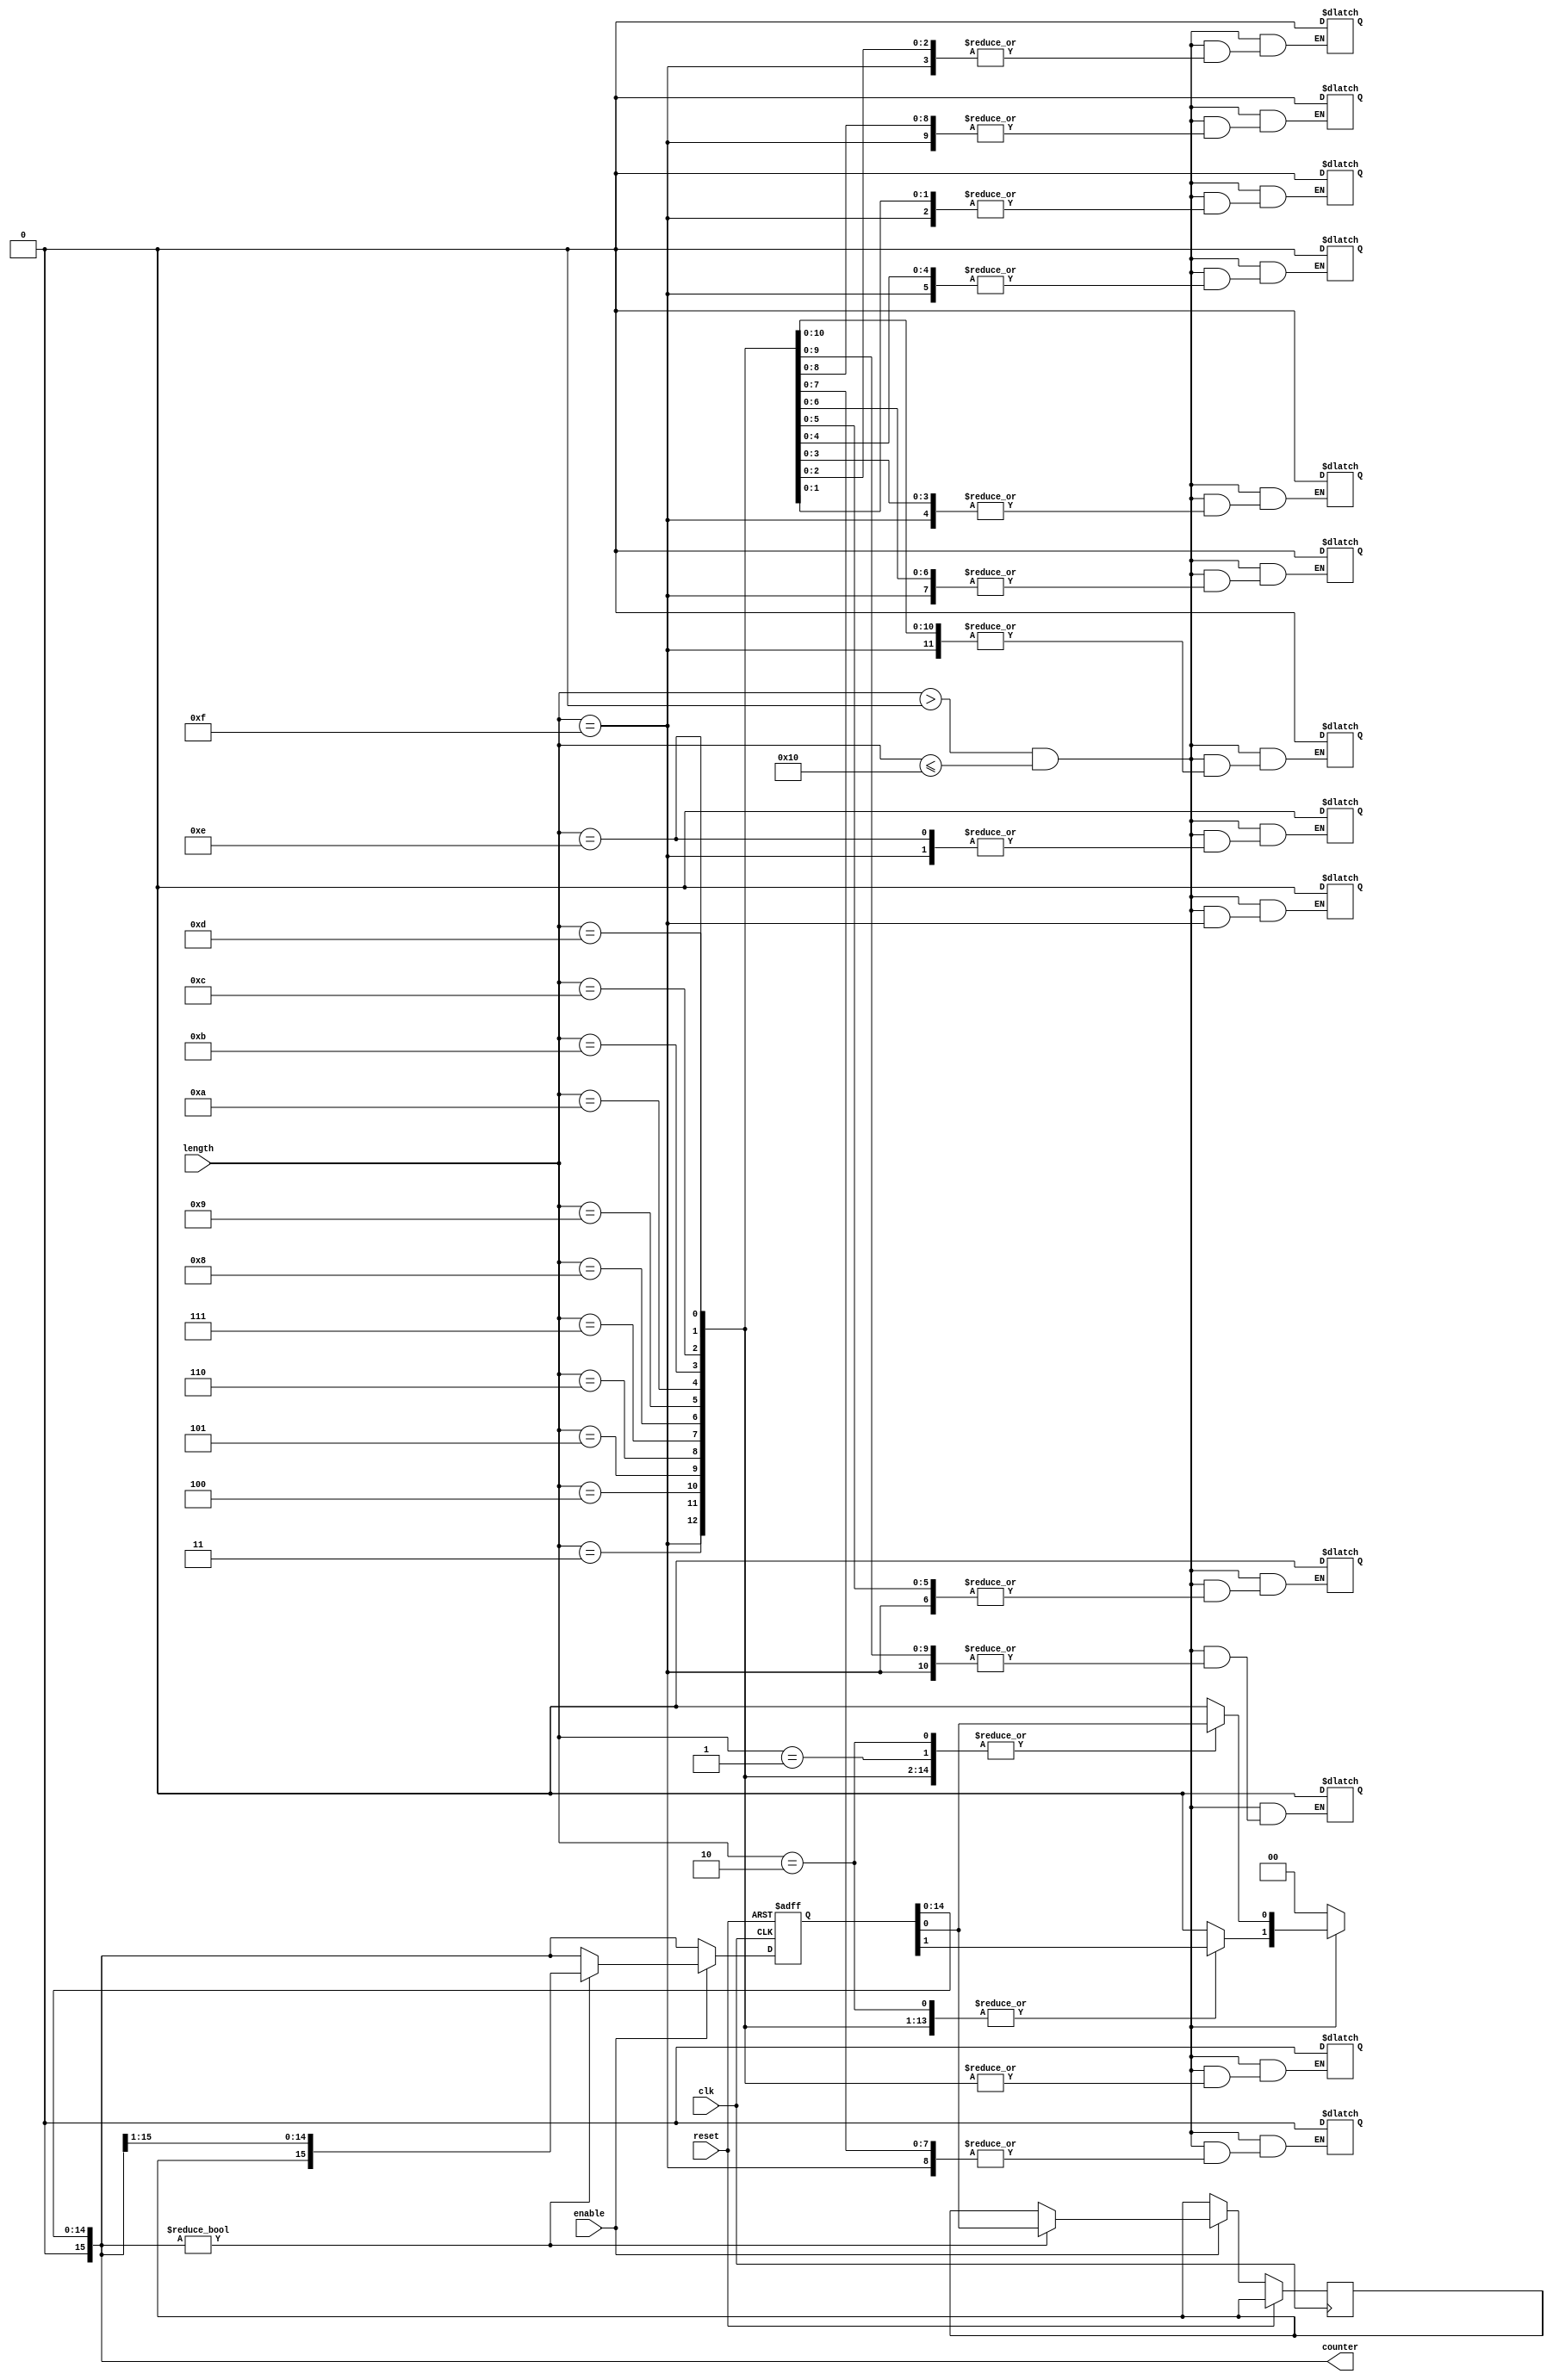
module variable_length_ring_counter (
    input wire clk,                    // Clock input
    input wire reset,                  // Asynchronous reset
    input wire enable,                 // Enable control
    input wire [3:0] length,           // Length control (up to 15)
    output reg [15:0] counter          // Output states of the ring counter
);

    // Internal signal for the feedback
    wire feedback;

    // Always block for the counter functionality
    always @(posedge clk or posedge reset) begin
        if (reset) begin
            // On reset, initialize the counter
            counter <= 16'b0000000000000001; // Start with the first flip-flop set to '1'
        end else if (enable) begin
            // Shift logic: Only shift if enabled
            if (counter[15:0] != 16'b0) begin
                // Shift the '1' around the ring
                feedback <= counter[0]; // Capture the first flip-flop output
                counter <= {feedback, counter[15:1]}; // Shift right and feedback
            end
        end
    end

    // Control the length of the counter
    always @(*) begin
        if (length > 0 && length <= 16) begin
            // Clear bits beyond the specified length
            counter[length-1:0] = counter[length-1:0]; // Keep only active bits
            counter[15:length] = 0; // Clear remaining bits
        end else begin
            counter = 0; // If length is invalid, clear counter
        end
    end

endmodule